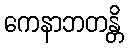
ကေနာဘတန္တိ